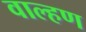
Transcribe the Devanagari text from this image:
वाल्हण